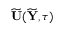
\widetilde { { \mathbf U } } ( \widetilde { { \mathbf Y } } , \tau )